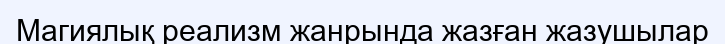
Магиялық реализм жанрында жазған жазушылар